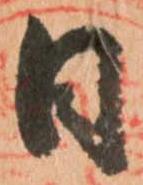
日